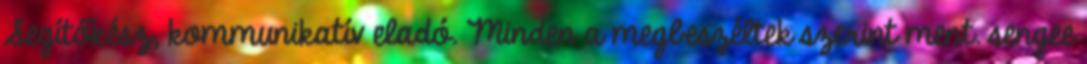
Segítőkész, kommunikatív eladó. Minden a megbeszéltek szerint ment. sengee